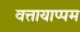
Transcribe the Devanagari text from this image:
वत्तायाप्पम